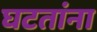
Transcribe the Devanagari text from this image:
घटतांना